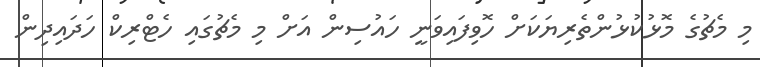
މި މެޗުގެ މޮޅުކުޅުންތެރިޔަކަށް ހޮވިފައިވަނީ ހައުސިން އަށް މި މެޗުގައި ހެޓްރިކް ހަދައިދިން